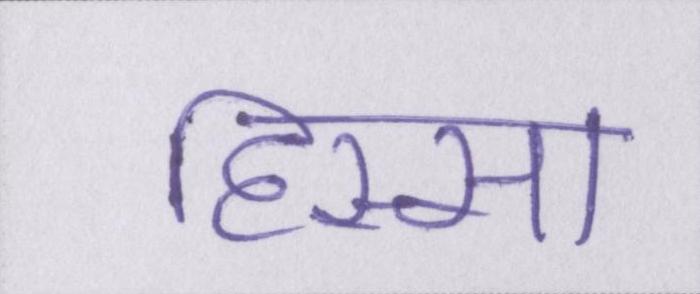
हिस्सा